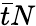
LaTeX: \bar{t}N